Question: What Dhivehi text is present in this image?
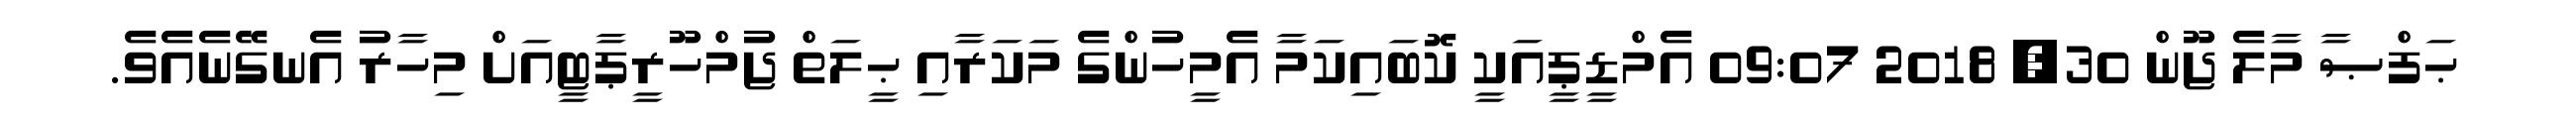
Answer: ޙަފްޞާ މާލެ ޖޫން 30, 2018 09:07 އެމްޑީޕީއަކީ ކޮބައިކަމާ އެމީހުންގެ މަކަރާއި ޙީލަތް ޖުމްހޫރީޕާޓީއަށް މިހާރު އެނގޭނެއެވެ.